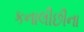
કનાલીછીના